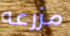
مزرعه